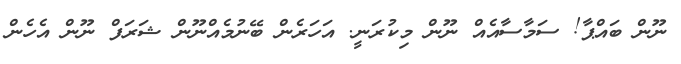
ނޫން ބައްޕާ! ސަމާސާއެއް ނޫން މިކުރަނީ. އަހަރެން ބޭނުމެއްނޫން ޝަރަފް ނޫން އެހެން